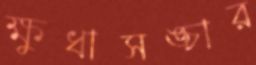
ক্ষুধাসঙ্চার